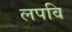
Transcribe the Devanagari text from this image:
लपवि